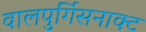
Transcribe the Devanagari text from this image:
वालपुर्गिसनाक्ट